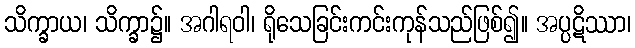
သိက္ခာယ၊ သိက္ခာ၌။ အဂါရဝါ၊ ရိုသေခြင်းကင်းကုန်သည်ဖြစ်၍။ အပ္ပဋိဿာ၊